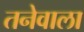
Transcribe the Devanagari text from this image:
तनेवाला